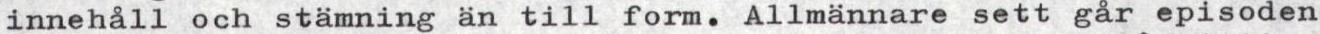
innehåll och stämning än till form. Allmännare sett går episoden